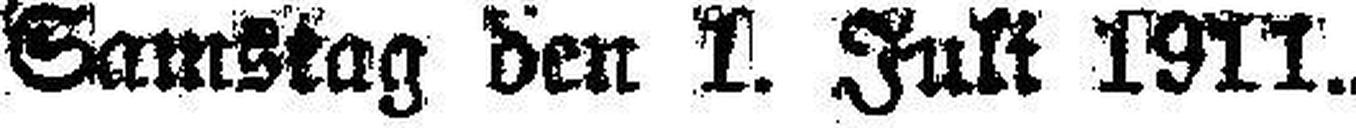
Samstag den l. Juli 1911.